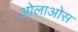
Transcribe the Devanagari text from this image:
ओलाओस